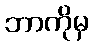
ဘာကိုမှ